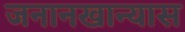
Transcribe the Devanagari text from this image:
जनानखान्यास